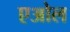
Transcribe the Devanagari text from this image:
एओल